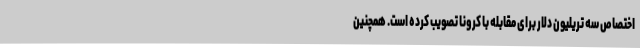
اختصاص سه تریلیون دلار برای مقابله با کرونا تصویب کرده است. همچنین